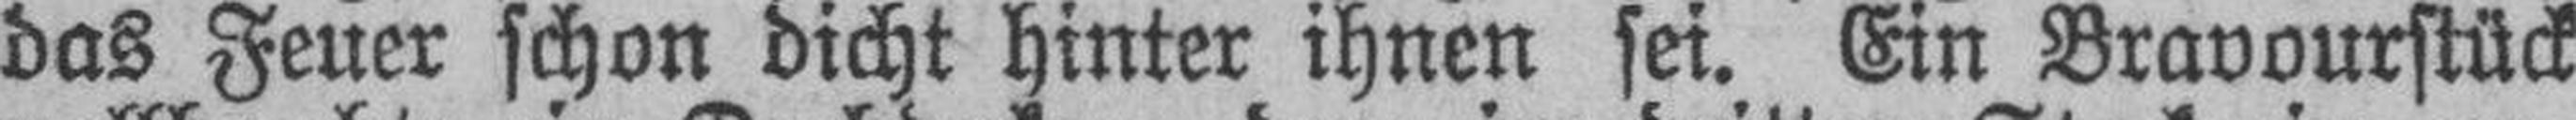
das Feuer schon dicht hinter ihnen sei. Ein Bravourstück